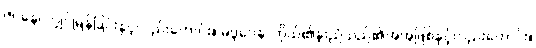
ဇဝနေ၊ လျှင်မြန်ခြင်းနှင့်လည်းကောင်း။ မဒ္ဒဝေန၊ ကိုယ်၏နူးညံသည်၏အအဖြစ်နှင့်လည်းကောင်း။